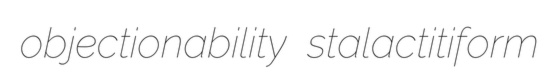
objectionability stalactitiform